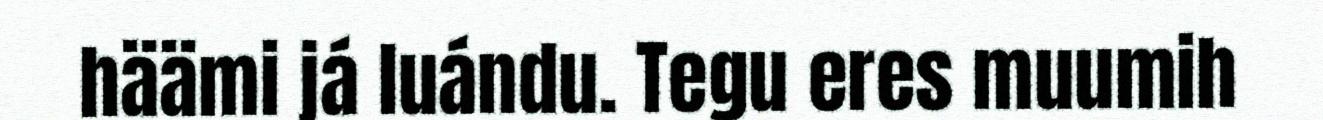
häämi já luándu. Tegu eres muumih